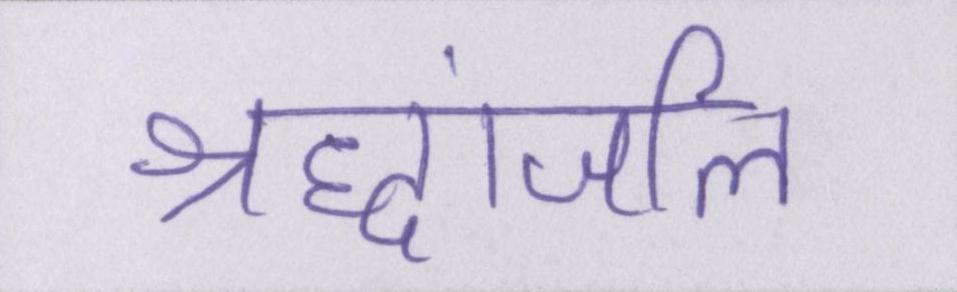
श्रद्धांजलि